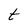
Character: t